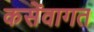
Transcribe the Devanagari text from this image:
कसेंवागत